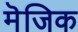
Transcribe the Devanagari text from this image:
मॆजिक